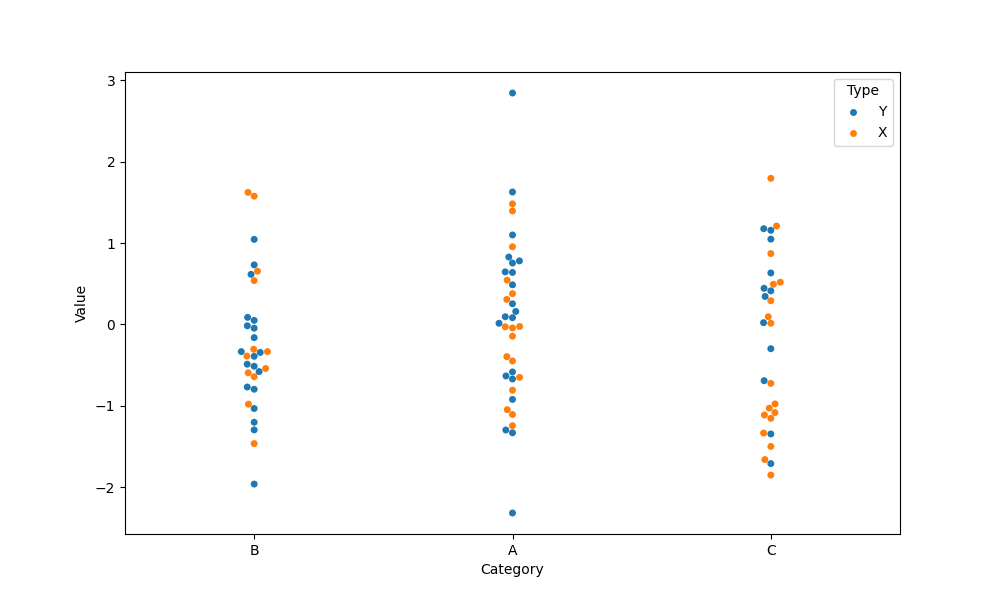
python, seaborn, swarmplot, dodge=False, alpha=1.0, size=5